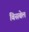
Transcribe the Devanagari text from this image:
बिसबेल